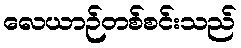
လေယာဉ်တစ်စင်းသည်